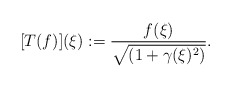
\begin{align*}[T(f)](\xi) := \frac{f(\xi)}{\sqrt{(1 + \gamma(\xi)^2)}}.\end{align*}